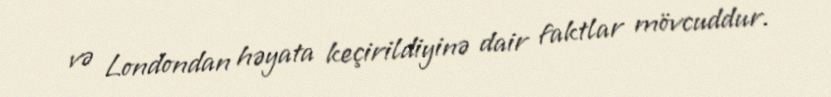
və Londondan həyata keçirildiyinə dair faktlar mövcuddur.